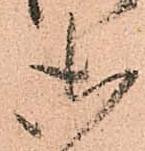
御